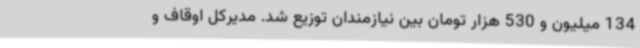
134 میلیون و 530 هزار تومان بین نیازمندان توزیع شد. مدیرکل اوقاف و